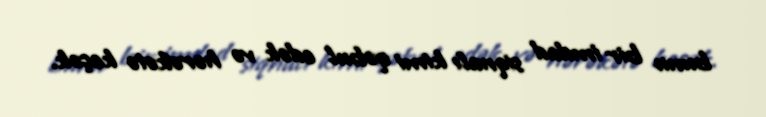
bunu bir imdad siqnalı kimi qəbul edək və hərəkətə keçək.